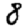
Digit: 8